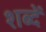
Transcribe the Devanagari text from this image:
शब्दें